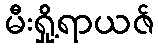
မီးရှို့ရာယဇ်